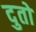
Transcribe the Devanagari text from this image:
दुतो